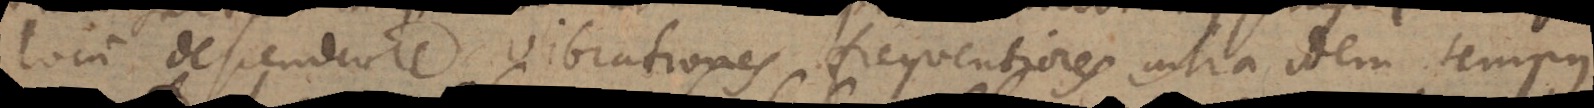
locum descendere vibrationes frequentiores intra idem tempus